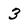
Character: 3